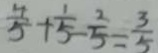
\frac { 4 } { 5 } + \frac { 1 } { 5 } - \frac { 2 } { 5 } = \frac { 3 } { 5 }